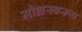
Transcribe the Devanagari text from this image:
मोक्षस्वरूप